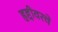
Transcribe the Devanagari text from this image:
हद्दीवरचे